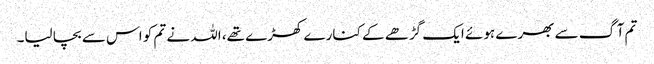
تم آگ سے بھرے ہوئے ایک گڑھے کے کنارے کھڑے تھے، اللہ نے تم کو اس سے بچا لیا۔